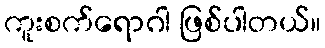
ကူးစက်ရောဂါ ဖြစ်ပါတယ်။